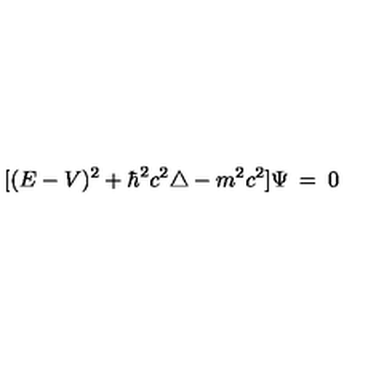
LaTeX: [ ( E - V ) ^ { 2 } + \hbar ^ { 2 } c ^ { 2 } \triangle - m ^ { 2 } c ^ { 2 } ] \Psi \: = \: 0